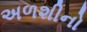
અળશીનો